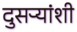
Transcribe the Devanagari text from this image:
दुसऱ्यांशी